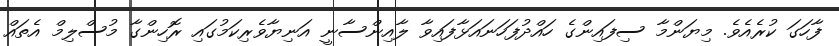
ފާހަގަ ކުރެއެވެ. މިޔަންމާ ސިފައިންގެ ހައްދުފަހަނައަޅާފައިވާ ލާއިންސާނީ އަނިޔާވެރިކަމުގައި ރޮހިންގާ މުސްލިމް އެތައް